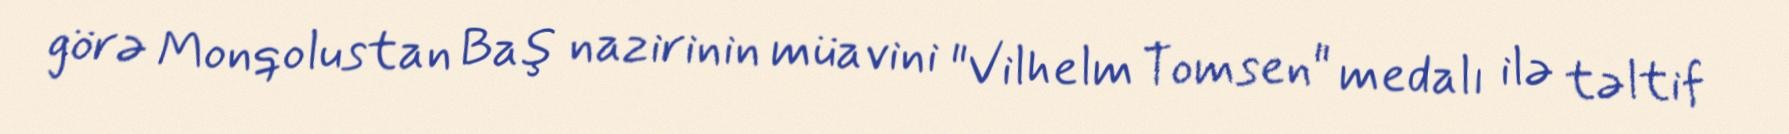
görə Monqolustan Baş nazirinin müavini "Vilhelm Tomsen" medalı ilə təltif